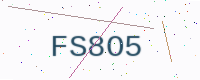
Text: FS8O5